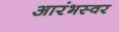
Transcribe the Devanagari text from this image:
आरंभस्वर